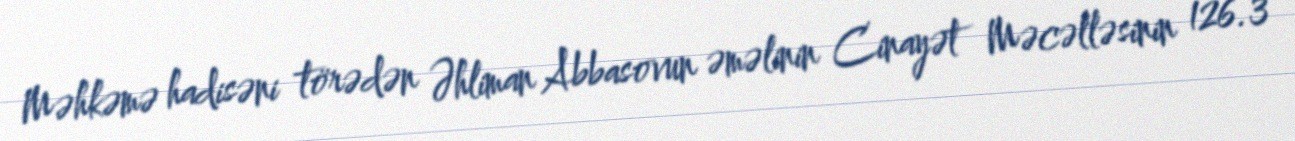
Məhkəmə hadisəni törədən Əhliman Abbasovun əməlinin Cinayət Məcəlləsinin 126.3